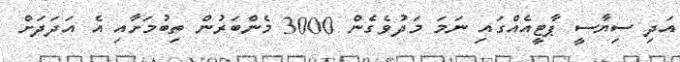
އަދި ސިޔާސީ ޕާޓީއެއްގައި ނަމަ މަދުވެގެން 3000 މެންބަރުން ތިބުމަށާއި އެ އަދަދަށް